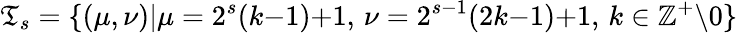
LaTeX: \mathfrak{T}_{s}=\{ (\mu,\nu)|\mu=2^{s}(k{-}1){+}1,\, \nu=2^{s{-}1}(2k{-}1){+}1,\, k\in\mathbb{Z}^{+}\backslash 0\}